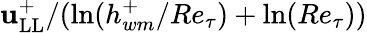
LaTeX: {\mathbf{u}_{\mathrm{{LL}}}^{+}}/({\ln(h_{wm}^{+}/Re_{\tau})+\ln(Re_{\tau}}))